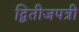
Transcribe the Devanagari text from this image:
द्वितीजपत्री